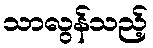
သာလွန်သည့်